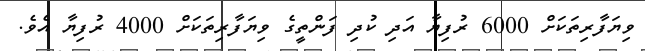
ވިޔަފާރިތަކަށް 6000 ރުފިޔާ އަދި ކުދި ފަންތީގެ ވިޔަފާރިތަކަށް 4000 ރުފިޔާ އެވެ.